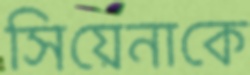
সিয়েনাকে